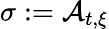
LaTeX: \sigma:=\mathcal{A}_{t,\xi}